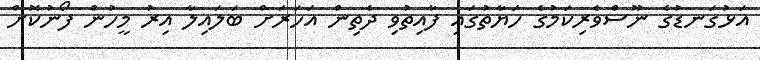
އަޅުގަނޑުގެ ނޫސްވެރިކަމުގެ ހަޔާތުގައި ފާއިތުވި ދެތިން އަހަރަށް ބަލައިލާ އިރު މީހުން ފޯނުކޮށް